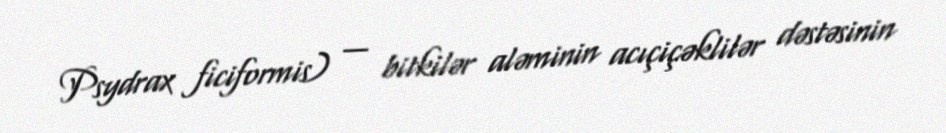
Psydrax ficiformis) — bitkilər aləminin acıçiçəklilər dəstəsinin